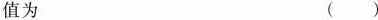
值为 ( )